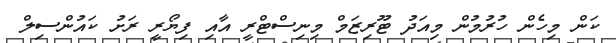
ކަން މިހެން ހުުރުމުން މިއަދު ޓޫރިޒަމް މިނިސްޓްރީ އާއި ފިޔޯރީ ރަށު ކައުންސިލް